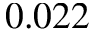
0 . 0 2 2